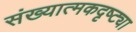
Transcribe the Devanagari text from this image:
संख्यात्मकदृष्ट्या